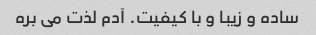
ساده و زیبا و با کیفیت. آدم لذت می بره